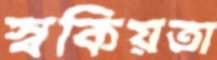
স্বকিয়তা